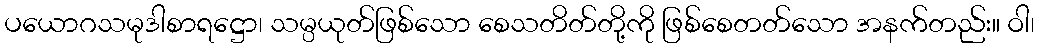
ပယောဂသမုဒါစာရဋ္ဌော၊ သမ္ပယုတ်ဖြစ်သော စေသတိတ်တို့ကို ဖြစ်စေတတ်သော အနက်တည်း။ ဝါ၊